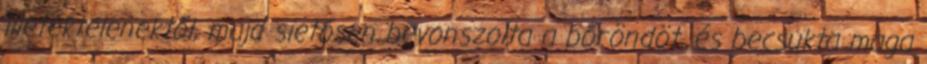
illetéktelenektől, majd sietősen bevonszolta a bőröndöt, és becsukta maga